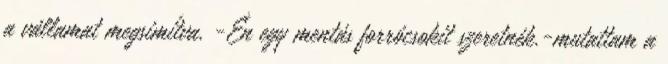
a vállamat megsimítva. -Én egy mentás forrócsokit szeretnék.-mutattam a